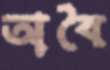
অবৈ